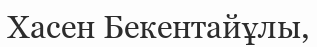
Хасен Бекентайұлы,